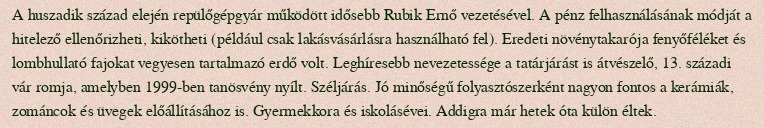
A huszadik század elején repülőgépgyár működött idősebb Rubik Ernő vezetésével. A pénz felhasználásának módját a hitelező ellenőrizheti, kikötheti (például csak lakásvásárlásra használható fel). Eredeti növénytakarója fenyőféléket és lombhullató fajokat vegyesen tartalmazó erdő volt. Leghíresebb nevezetessége a tatárjárást is átvészelő, 13. századi vár romja, amelyben 1999-ben tanösvény nyílt. Széljárás. Jó minőségű folyasztószerként nagyon fontos a kerámiák, zománcok és üvegek előállításához is. Gyermekkora és iskolásévei. Addigra már hetek óta külön éltek.